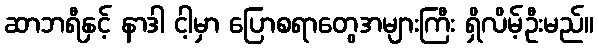
ဆာဘရီနှင့် နာဒါ ငါ့မှာ ပြောစရာတွေအများကြီး ရှိလိမ့်ဦးမည်။